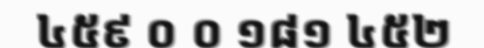
៤៥៩ ០ ០ ១៨១ ៤៥២